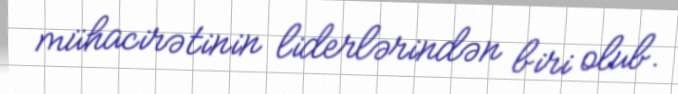
mühacirətinin liderlərindən biri olub.